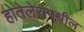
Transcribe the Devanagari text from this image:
होतेलेरामधील